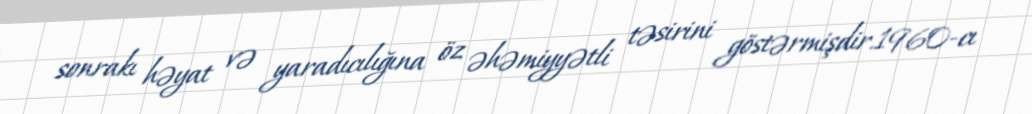
sonrakı həyat və yaradıcılığına öz əhəmiyyətli təsirini göstərmişdir.1960-cı